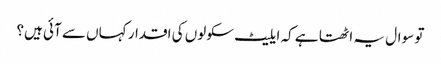
تو سوال یہ اٹھتا ہے کہ ایلیٹ سکولوں کی اقدار کہاں سے آئی ہیں؟